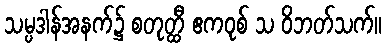
သမ္ပဒါန်အနက်၌ စတုတ္ထီ ဧကဝုစ် သ ဝိဘတ်သက်။